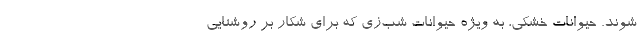
شوند. حیوانات خشکی، به ویژه حیوانات شب‌زی که برای شکار بر روشنایی